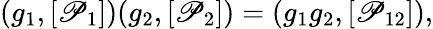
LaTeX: (g_{1},[\mathscr{P}_{1}])(g_{2},[\mathscr{P}_{2}])=(g_{1}g_{2},[\mathscr{P}_{12}]),